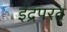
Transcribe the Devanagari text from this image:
इंद्रपरत